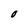
Character: O